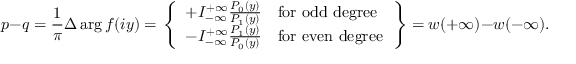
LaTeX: p - q = { \frac { 1 } { \pi } } \Delta \arg f ( i y ) = \left. { \left\{ \begin{array} { l l } { + I _ { - \infty } ^ { + \infty } { \frac { P _ { 0 } ( y ) } { P _ { 1 } ( y ) } } } & { { \mathrm { f o r ~ o d d ~ d e g r e e } } } \\ { - I _ { - \infty } ^ { + \infty } { \frac { P _ { 1 } ( y ) } { P _ { 0 } ( y ) } } } & { { \mathrm { f o r ~ e v e n ~ d e g r e e } } } \end{array} \right. } \right\} = w ( + \infty ) - w ( - \infty ) .